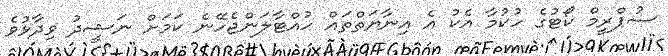
ސުޕްރީމް ކޯޓުގެ ހުކުމާ އެކު އެ އިނާޔަތްތައް ހުއްޓާލަންޖެހޭނެ ކަމަށް ނަޝީދު ވިދާޅުވެ